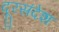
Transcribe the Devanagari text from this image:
दूरसंदेश